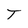
Character: T